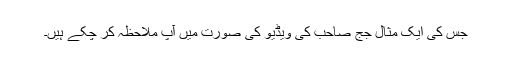
جس کی ایک مثال جج صاحب کی ویڈیو کی صورت میں آپ ملاحظہ کر چکے ہیں۔